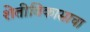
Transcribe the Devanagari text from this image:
शेतीविकासाचा